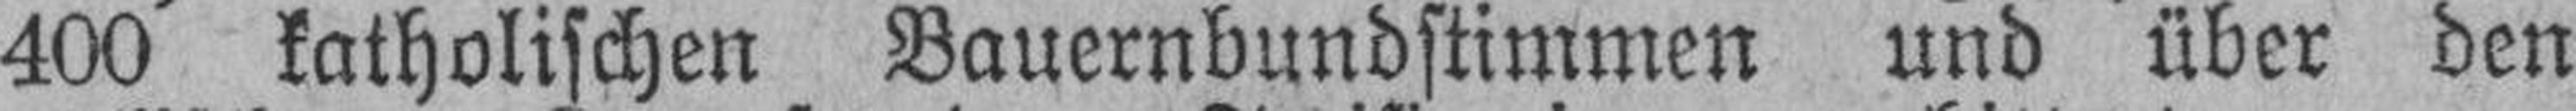
400 katholischen Bauernbundstimmen und über den